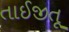
તાઈજીતૂ